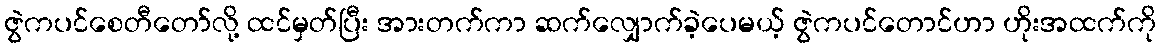
ဇွဲကပင်စေတီတော်လို့ ထင်မှတ်ပြီး အားတက်ကာ ဆက်လျှောက်ခဲ့ပေမယ့် ဇွဲကပင်တောင်ဟာ ဟိုးအထက်ကို